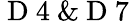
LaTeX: \mathrm{~D~4~}\& \mathrm{~D~7~}